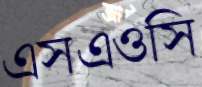
এসএওসি